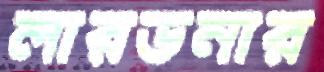
লারডনার